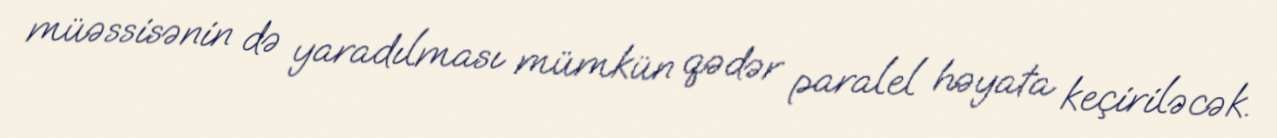
müəssisənin də yaradılması mümkün qədər paralel həyata keçiriləcək.